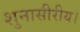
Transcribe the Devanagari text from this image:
शुनासीरीय।